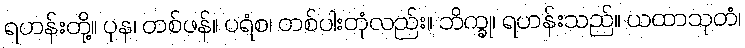
ရဟန်းတို့။ ပုန၊ တစ်ဖန်။ ပရံစ၊ တစ်ပါးတုံလည်း။ ဘိက္ခု၊ ရဟန်းသည်။ ယထာသုတံ၊